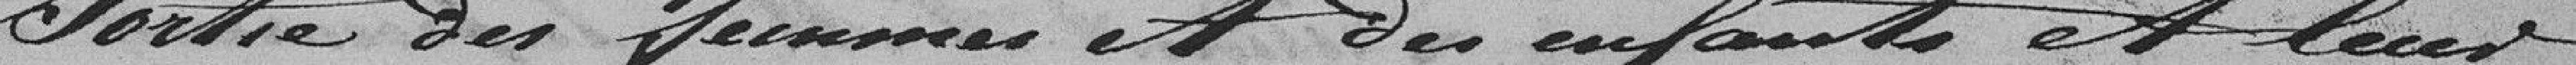
sorties des femmes et des enfants et leurs